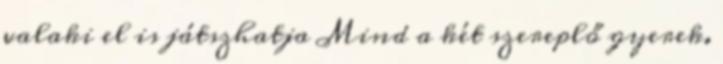
valaki el is játszhatja Mind a két szereplő gyerek.